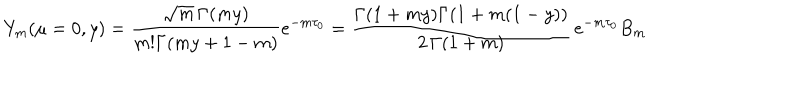
Y _ { m } ( \mu = 0 , y ) = \frac { \sqrt { m } \, \Gamma ( m y ) } { m ! \Gamma ( m y + 1 - m ) } e ^ { - m \tau _ { 0 } } = \frac { \Gamma ( 1 + m y ) \Gamma ( 1 + m ( 1 - y ) ) } { 2 \, \Gamma ( 1 + m ) } \, e ^ { - m \tau _ { 0 } } B _ { m }